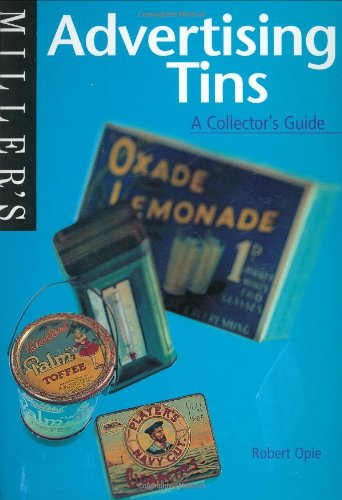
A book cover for Miller's: Advertising Tins: A Collector's Guide (Miller's Collector's Guides); Robert Opie; Crafts, Hobbies & Home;